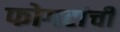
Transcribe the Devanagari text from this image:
फोगटांची